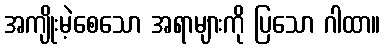
အကျိုးမဲ့စေသော အရာများကို ပြသော ဂါထာ။